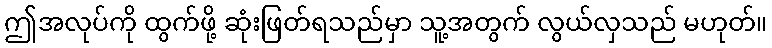
ဤအလုပ်ကို ထွက်ဖို့ ဆုံးဖြတ်ရသည်မှာ သူ့အတွက် လွယ်လှသည် မဟုတ်။